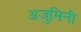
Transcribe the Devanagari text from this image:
अजुमिनी